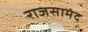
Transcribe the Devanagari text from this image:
राजसामंद